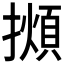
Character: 𢶃